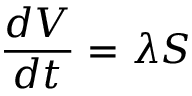
\frac { d V } { d t } = \lambda S